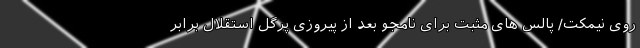
روی نیمکت/ پالس های مثبت برای نامجو بعد از پیروزی پرگل استقلال برابر